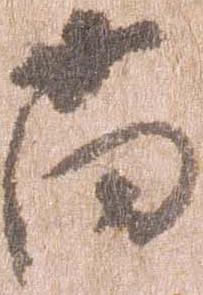
尚